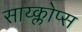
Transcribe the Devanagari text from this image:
साय्क्लोप्स